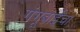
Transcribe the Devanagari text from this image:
गंगूबाईचा